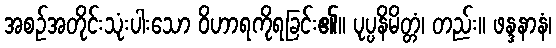
အစဉ်အတိုင်းသုံးပါးသော ဝိဟာရကိုရခြင်း၏။ ပုပ္ပနိမိတ္တံ၊ တည်း။ ဖန္ဒနာနံ၊